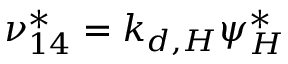
\nu _ { 1 4 } ^ { * } = k _ { d , H } \psi _ { H } ^ { * }